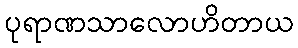
ပုရာဏသာလောဟိတာယ